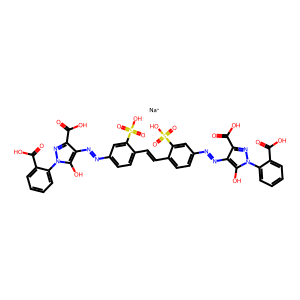
SMILES: O=C(O)c1ccccc1-n1nc(C(=O)O)c(N=Nc2ccc(C=Cc3ccc(N=Nc4c(C(=O)O)nn(-c5ccccc5C(=O)O)c4O)cc3S(=O)(=O)O)c(S(=O)(=O)O)c2)c1O.[Na+]
Inhibits HIV replication: No